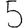
Digit: 5